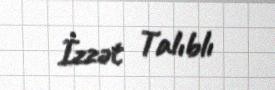
İzzət Talıblı